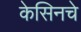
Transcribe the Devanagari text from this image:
केसिनचे